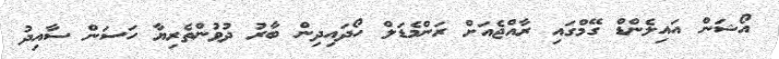
އޯޝަން އައިލެންޑް ގޭމްގައި ރާއްޖެއަށް ރަންމެޑަލް ހޯދައިދިން ބާރު ދުވުންތެރިޔާ ހަސަން ސާއިދު